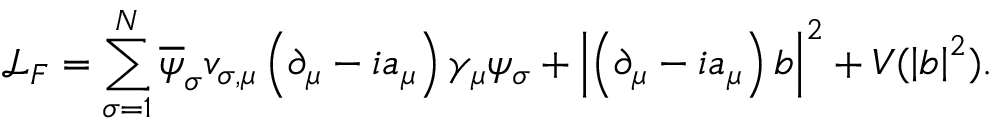
\mathcal { L } _ { F } = \sum _ { \sigma = 1 } ^ { N } \overline { { { \psi } } } _ { \sigma } v _ { \sigma , \mu } \left( \partial _ { \mu } - i a _ { \mu } \right) \gamma _ { \mu } \psi _ { \sigma } + \left| \left( \partial _ { \mu } - i a _ { \mu } \right) b \right| ^ { 2 } + V ( \left| b \right| ^ { 2 } ) .